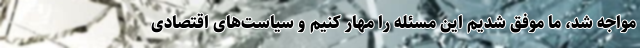
مواجه شد، ما موفق شدیم این مسئله را مهار کنیم و سیاست‌های اقتصادی